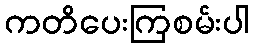
ကတိပေးကြစမ်းပါ